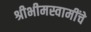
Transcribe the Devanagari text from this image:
श्रीभीमस्वामींचे